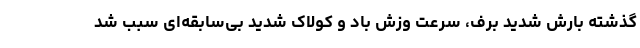
گذشته بارش شدید برف، سرعت وزش باد و کولاک شدید بی‌سابقه‌ای سبب شد